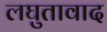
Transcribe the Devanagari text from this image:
लघुतावाद